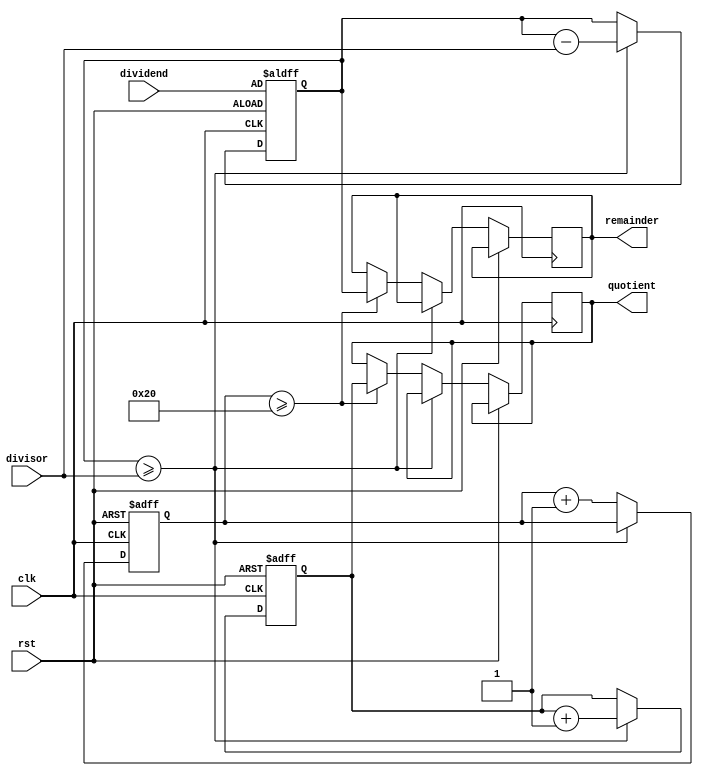
module counter_based_divider (
    input wire clk,
    input wire rst,
    input wire [31:0] dividend,
    input wire [31:0] divisor,
    output wire [31:0] quotient,
    output wire [31:0] remainder
);

reg [31:0] count;
reg [31:0] temp_remainder;
reg [31:0] temp_quotient;

always @(posedge clk or posedge rst) begin
    if (rst) begin
        count <= 0;
        temp_remainder <= dividend;
        temp_quotient <= 0;
    end else begin
        if (temp_remainder >= divisor) begin
            temp_remainder <= temp_remainder - divisor;
            temp_quotient <= temp_quotient + 1;
        end else begin
            count <= count + 1;
            if (count >= 32) begin
                // Maximum iterations reached, set quotient and remainder
                quotient <= temp_quotient;
                remainder <= temp_remainder;
            end
        end
    end
end

endmodule